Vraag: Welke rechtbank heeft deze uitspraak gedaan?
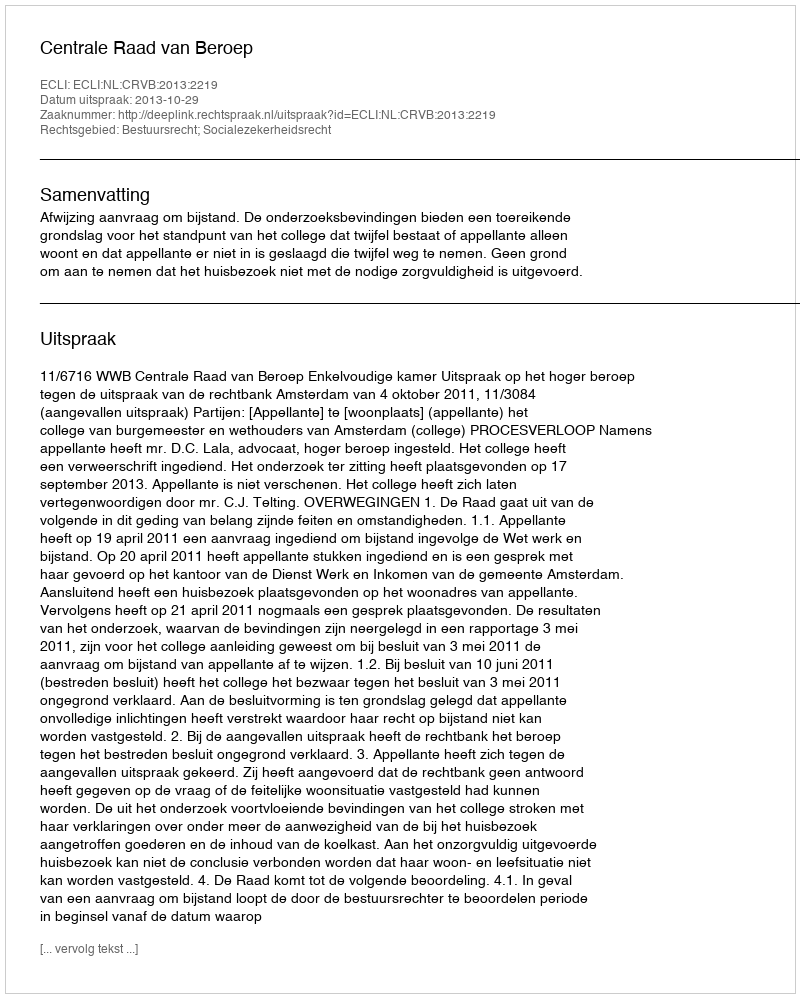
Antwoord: Centrale Raad van Beroep